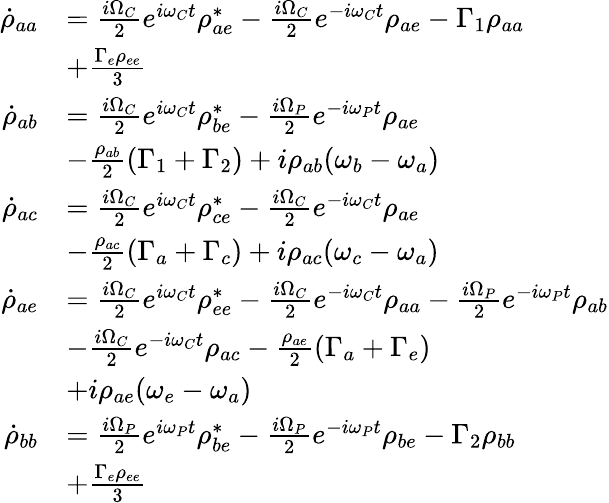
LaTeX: \begin{array}{rl}{\dot{\rho}_{aa}}&{=\frac{i\Omega_{C}}{2}e^{i\omega_{C}t}\rho_{ae}^{*}-\frac{i\Omega_{C}}{2}e^{-i\omega_{C}t}\rho_{ae}-\Gamma_{1}\rho_{aa}}\\ &{+\frac{\Gamma_{e}\rho_{ee}}{3}}\\ {\dot{\rho}_{ab}}&{=\frac{i\Omega_{C}}{2}e^{i\omega_{C}t}\rho_{be}^{*}-\frac{i\Omega_{P}}{2}e^{-i\omega_{P}t}\rho_{ae}}\\ &{-\frac{\rho_{ab}}{2}(\Gamma_{1}+\Gamma_{2})+i\rho_{ab}(\omega_{b}-\omega_{a})}\\ {\dot{\rho}_{ac}}&{=\frac{i\Omega_{C}}{2}e^{i\omega_{C}t}\rho_{ce}^{*}-\frac{i\Omega_{C}}{2}e^{-i\omega_{C}t}\rho_{ae}}\\ &{-\frac{\rho_{ac}}{2}(\Gamma_{a}+\Gamma_{c})+i\rho_{ac}(\omega_{c}-\omega_{a})}\\ {\dot{\rho}_{ae}}&{=\frac{i\Omega_{C}}{2}e^{i\omega_{C}t}\rho_{ee}^{*}-\frac{i\Omega_{C}}{2}e^{-i\omega_{C}t}\rho_{aa}-\frac{i\Omega_{P}}{2}e^{-i\omega_{P}t}\rho_{ab}}\\ &{-\frac{i\Omega_{C}}{2}e^{-i\omega_{C}t}\rho_{ac}-\frac{\rho_{ae}}{2}(\Gamma_{a}+\Gamma_{e})}\\ &{+i\rho_{ae}(\omega_{e}-\omega_{a})}\\ {\dot{\rho}_{bb}}&{=\frac{i\Omega_{P}}{2}e^{i\omega_{P}t}\rho_{be}^{*}-\frac{i\Omega_{P}}{2}e^{-i\omega_{P}t}\rho_{be}-\Gamma_{2}\rho_{bb}}\\ &{+\frac{\Gamma_{e}\rho_{ee}}{3}}\end{array}